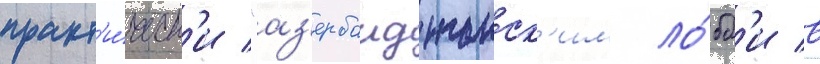
практ'и́ческ'и "аз'ербаиджанск'им ло́бб'и в